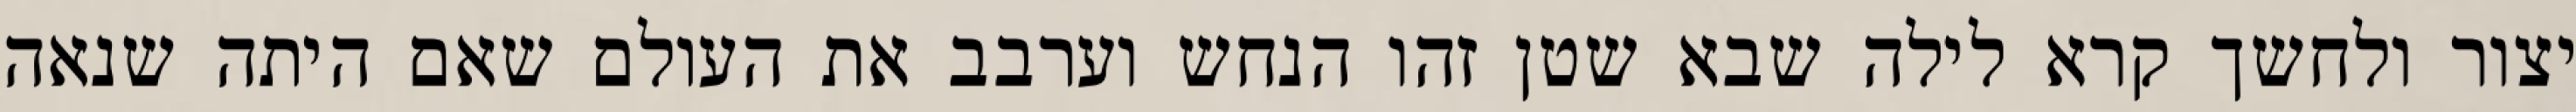
יצור ולחשך קרא לילה שבא שטן זהו הנחש וערבב את העולם שאם היתה שנאה